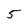
Character: 5